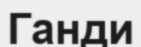
Ганди